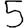
Digit: 5